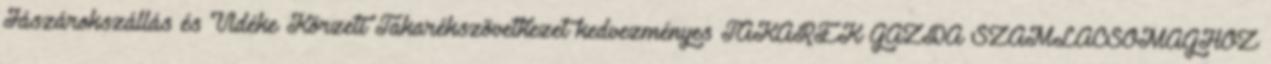
Jászárokszállás és Vidéke Körzeti Takarékszövetkezet kedvezményes TAKARÉK GAZDA SZÁMLACSOMAGHOZ